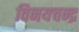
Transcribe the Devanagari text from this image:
विनयचन्द्र